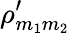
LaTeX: \rho_{m_{1}m_{2}}^{\prime}